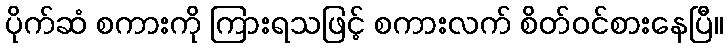
ပိုက်ဆံ စကားကို ကြားရသဖြင့် စကားလက် စိတ်ဝင်စားနေပြီ။